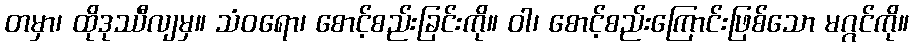
တမှာ၊ ထိုဒုဿီလျမှ။ သံဝရော၊ စောင့်စည်းခြင်းကို။ ဝါ၊ စောင့်စည်းကြောင်းဖြစ်သော မဂ္ဂင်ကို။